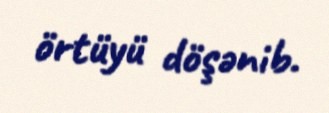
örtüyü döşənib.